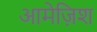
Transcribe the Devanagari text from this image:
आमेज़िश